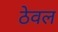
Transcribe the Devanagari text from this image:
ठेवल